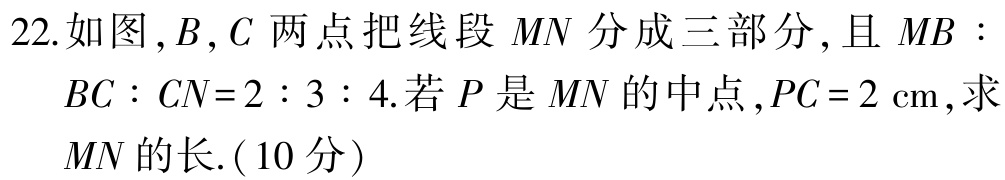
22.如图，\(B\)，\(C\) 两点把线段 \(MN\) 分成三部分，且 \(MB:BC:CN = 2:3:4\). 若 \(P\) 是 \(MN\) 的中点，\(PC = 2\mathrm{cm}\)，求 \(MN\) 的长.（\(10\) 分）